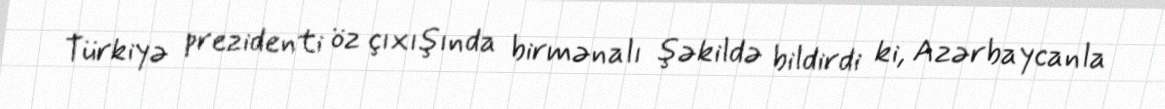
Türkiyə prezidenti öz çıxışında birmənalı şəkildə bildirdi ki, Azərbaycanla